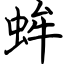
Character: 蛑